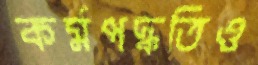
কর্মপদ্ধতিও